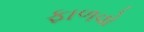
ફાળવો